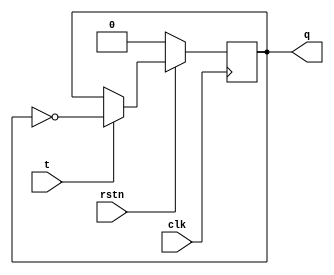
module T_FF ( input clk, input rstn, input t, output reg q);  
  
  always @ (posedge clk) begin  
    if (!rstn)  
      q <= 0;  
    else  
        if (t)  
            q <= ~q;  
        else  
            q <= q;  
  end  
endmodule